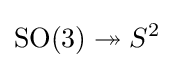
\operatorname {SO} (3)\twoheadrightarrow S^{2}